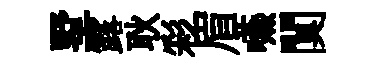
墅露耿彩眉嚥闃